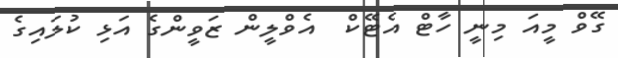
ގޭވް މީއަ މިނީ ހާޓް އެޓޭކް  އެވްލީން ޒަވީންގެ އަޅި ކުލައިގެ